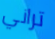
تراني